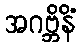
အဂဗ္ဘိနိံ